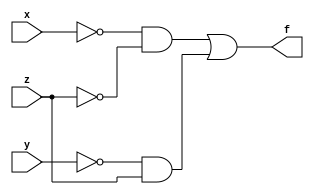
`timescale 1ns / 1ps
//////////////////////////////////////////////////////////////////////////////////
// Company: 
// Engineer: 
// 
// Design Name: 
// Module Name:    Sum_of_Product 
// Project Name: 
// Target Devices: 
// Tool versions: 
// Description: 
//
// Dependencies: 
//
// Revision: 
// Revision 0.01 - File Created
// Additional Comments: 
//
//////////////////////////////////////////////////////////////////////////////////
module Sum_of_Product(
    input x,
    input y,
    input z,
    output f
    );
	 wire w1 = (~x)&(~z);
	 wire w2 = (~y)&z;
	 assign f = w1|w2;
endmodule